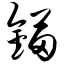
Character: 锚